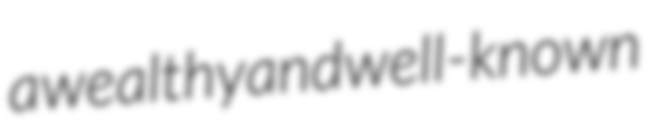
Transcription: a wealthy and well-known